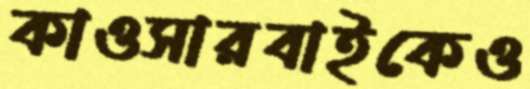
কাওসারবাইকেও